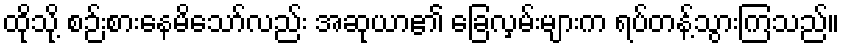
ထိုသို့ စဉ်းစားနေမိသော်လည်း အဆုယာ၏ ခြေလှမ်းများက ရပ်တန့်သွားကြသည်။